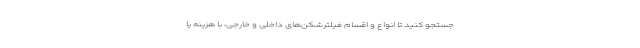
جستجو کنید تا انواع و اقسام فیلترشکن‌های داخلی و خارجی، با هزینه یا